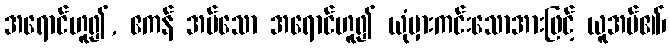
အရောင်ဟူ၍, ဧကန် အပ်သော အရောင်ဟူ၍ ယုံမှားကင်းသောအားဖြင့် ယူအပ်၏၊